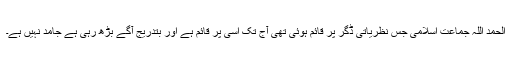
الحمد اللہ جماعت اسلامی جس نظریاتی ڈگر پر قائم ہوئی تھی آج تک اسی پر قائم ہے اور بتدریج آگے بڑھ رہی ہے جامد نہیں ہے۔